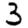
Digit: 3